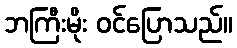
ဘကြီးမိုး ဝင်ပြောသည်။